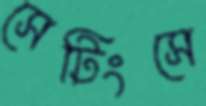
সেটিংসে